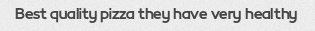
Best quality pizza they have very healthy